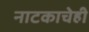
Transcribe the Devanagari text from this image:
नाटकाचेही